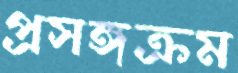
প্রসঙ্গক্রম